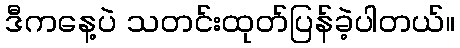
ဒီကနေ့ပဲ သတင်းထုတ်ပြန်ခဲ့ပါတယ်။